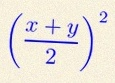
\left(\frac{x+y}{2}\right)^2